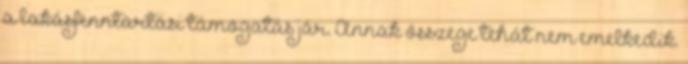
a lakásfenntartási támogatás jár. Annak összege tehát nem emelkedik.